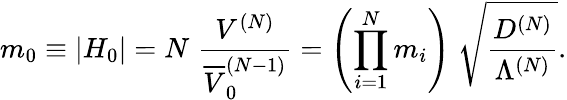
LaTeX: m_{0}\equiv\left|H_{0}\right|=N\; \frac{V^{(N)}}{\overline{{{V}}}_{0}^{(N-1)}}=\left(\prod_{i=1}^{N}m_{i}\right)\; \sqrt{\frac{D^{(N)}}{\Lambda^{(N)}}}.